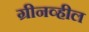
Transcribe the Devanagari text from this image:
ग्रीनव्हील